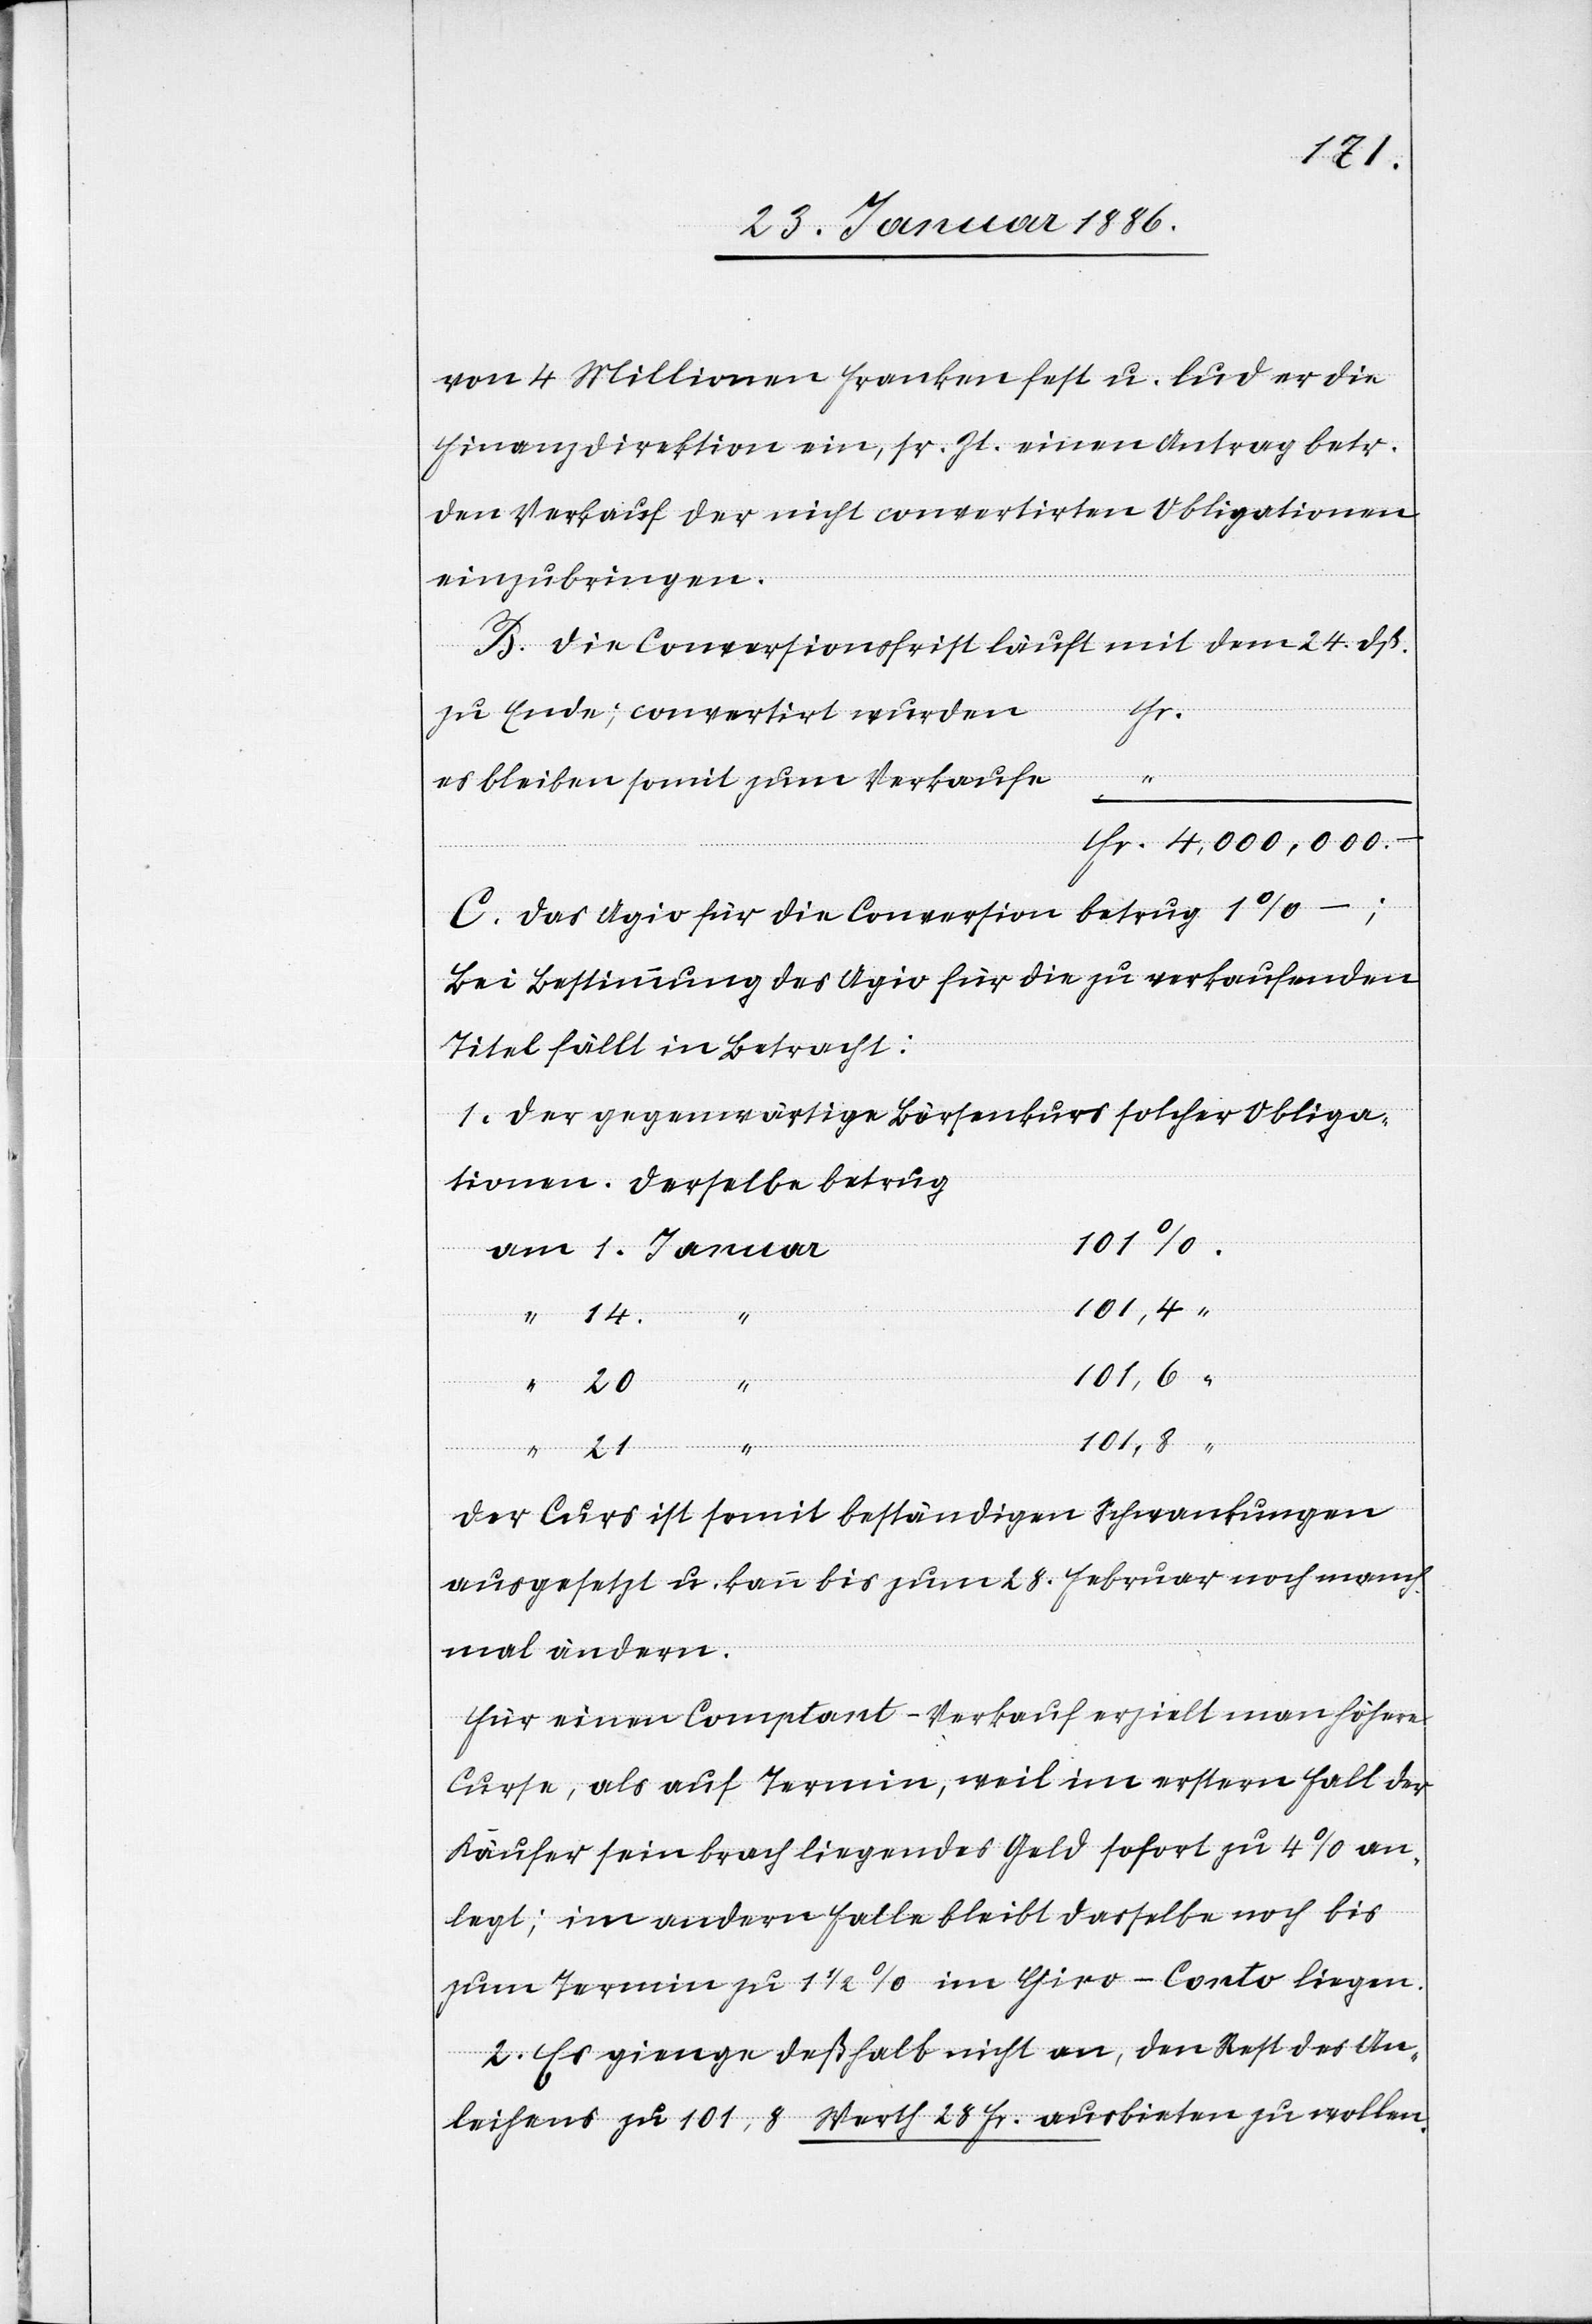
von 4 Millionen Franken fest u. lud er die
Finanzdirektion ein, sr. Zt. einen Antrag betr.
den Verkauf der nicht convertirten Obligationen
einzubringen.
B. Die Conversionsfrist läuft mit dem 24. dß.
Fr.
zu Ende; convertirt wurden
An¬
“
es bleiben somit zum Verkaufe
C. Das Agio für die Conversion betrug 1% –;
bei Bestimmung des Agio für die zu verkaufenden
Titel fällt in Betracht:
1. Der gegenwärtige Börsenkurs solcher Obliga¬
tionen. Derselbe betrug
101,8
101,6
2.
der Curs ist somit beständigen Schwankungen
ausgesetzt u. kann bis zum 28. Februar noch manch¬
mal ändern.
Für einen Comptant-Verkauf erzielt man höhere
Curse, als auf Termin, weil im erstern Fall der
Käufer sein brach liegendes Geld sofort zu 4% an¬
legt; im andern Falle bleibt dasselbe noch bis
zum Termin zu 1 1/2% im Giro-Conto liegen.
leihens zu 101,8 Werth 28 Fr. ausbieten zu wollen.